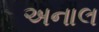
અનાલ